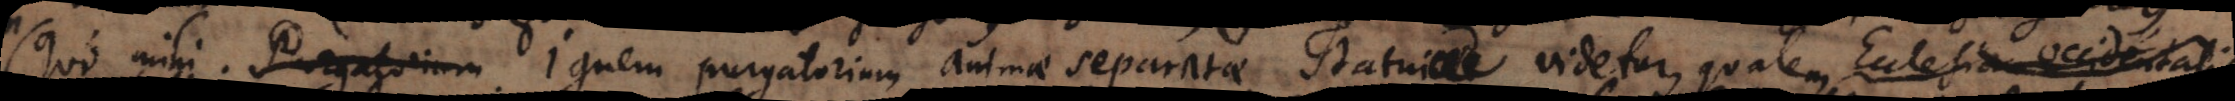
Purgatorium ignem purgatorium animae separatae statui videtur, qualem Ecclesia Occidentali